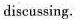
discussing.